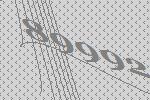
89992